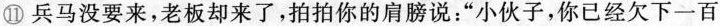
⑪兵马没要来，老板却来了，拍拍你的肩膀说:“小伙子，你已经欠下一百